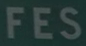
FES